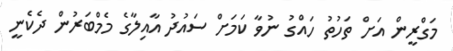
މަގްރީން އަށް ތަހުތު ހައްގު ނުވާ ކަމަށް ސައުދު އާއިލާގެ މެމްބަރުން ދެކެނީ